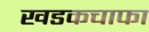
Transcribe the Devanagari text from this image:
खडकचाफा